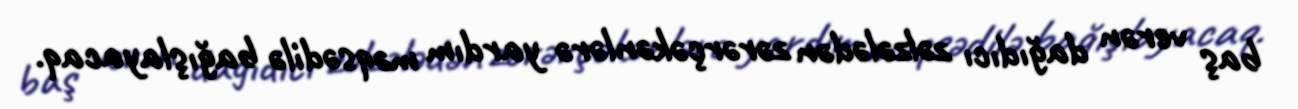
baş verən dağıdıcı zəlzələdən zərərçəkənlərə yardım məqsədilə bağışlayacaq.